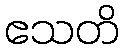
ဧသတိ